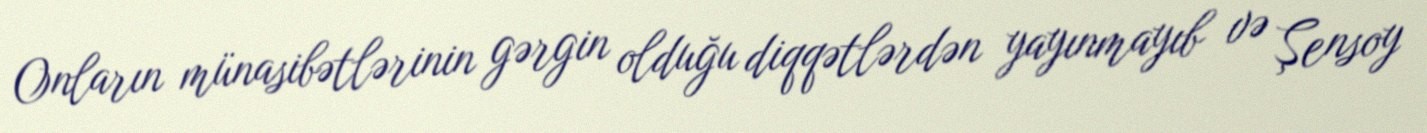
Onların münasibətlərinin gərgin olduğu diqqətlərdən yayınmayıb və Şensoy